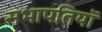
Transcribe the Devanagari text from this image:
सभापतियॉ